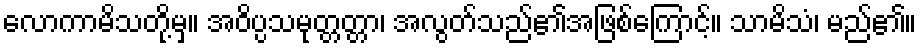
လောကာမိသတို့မှ။ အဝိပ္ပသမုတ္တတ္တာ၊ အလွတ်သည်၏အဖြစ်ကြောင့်။ သာမိသံ၊ မည်၏။